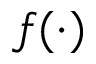
f ( \cdot )